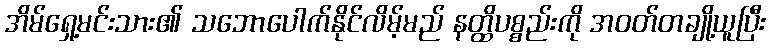
အိမ်ရှေ့မင်းသား၏ သဘောပေါက်နိုင်လိမ့်မည် နတ္ထိပစ္စည်းကို အဝတ်တချို့ယူပြီး